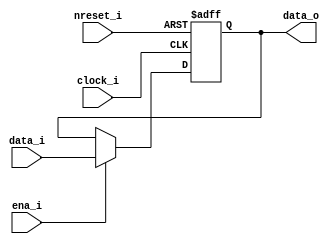
//----------------------------------------
// 	ACCUMULATOR
//----------------------------------------
`timescale 10 ns/100 ps

module acc
#( 
  parameter DATASIZE = 16 
)
(
	clock_i,
	nreset_i,
	data_i,
	ena_i,
	data_o
);

input wire                  clock_i;
input wire                  nreset_i;
input wire                  ena_i;
input wire [ DATASIZE-1:0 ] data_i;
output reg [ DATASIZE-1:0 ] data_o;

always @(posedge clock_i or negedge nreset_i)
begin
	if (nreset_i == 1'b0)
		data_o <= 'b0;
	else
		if (ena_i == 1'b1)
			data_o <= data_i;
end

endmodule